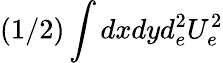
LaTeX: (1/2)\int dxdyd_{e}^{2}U_{e}^{2}